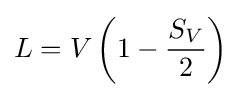
L=V\left(1-{\frac {S_{V}}{2}}\right)